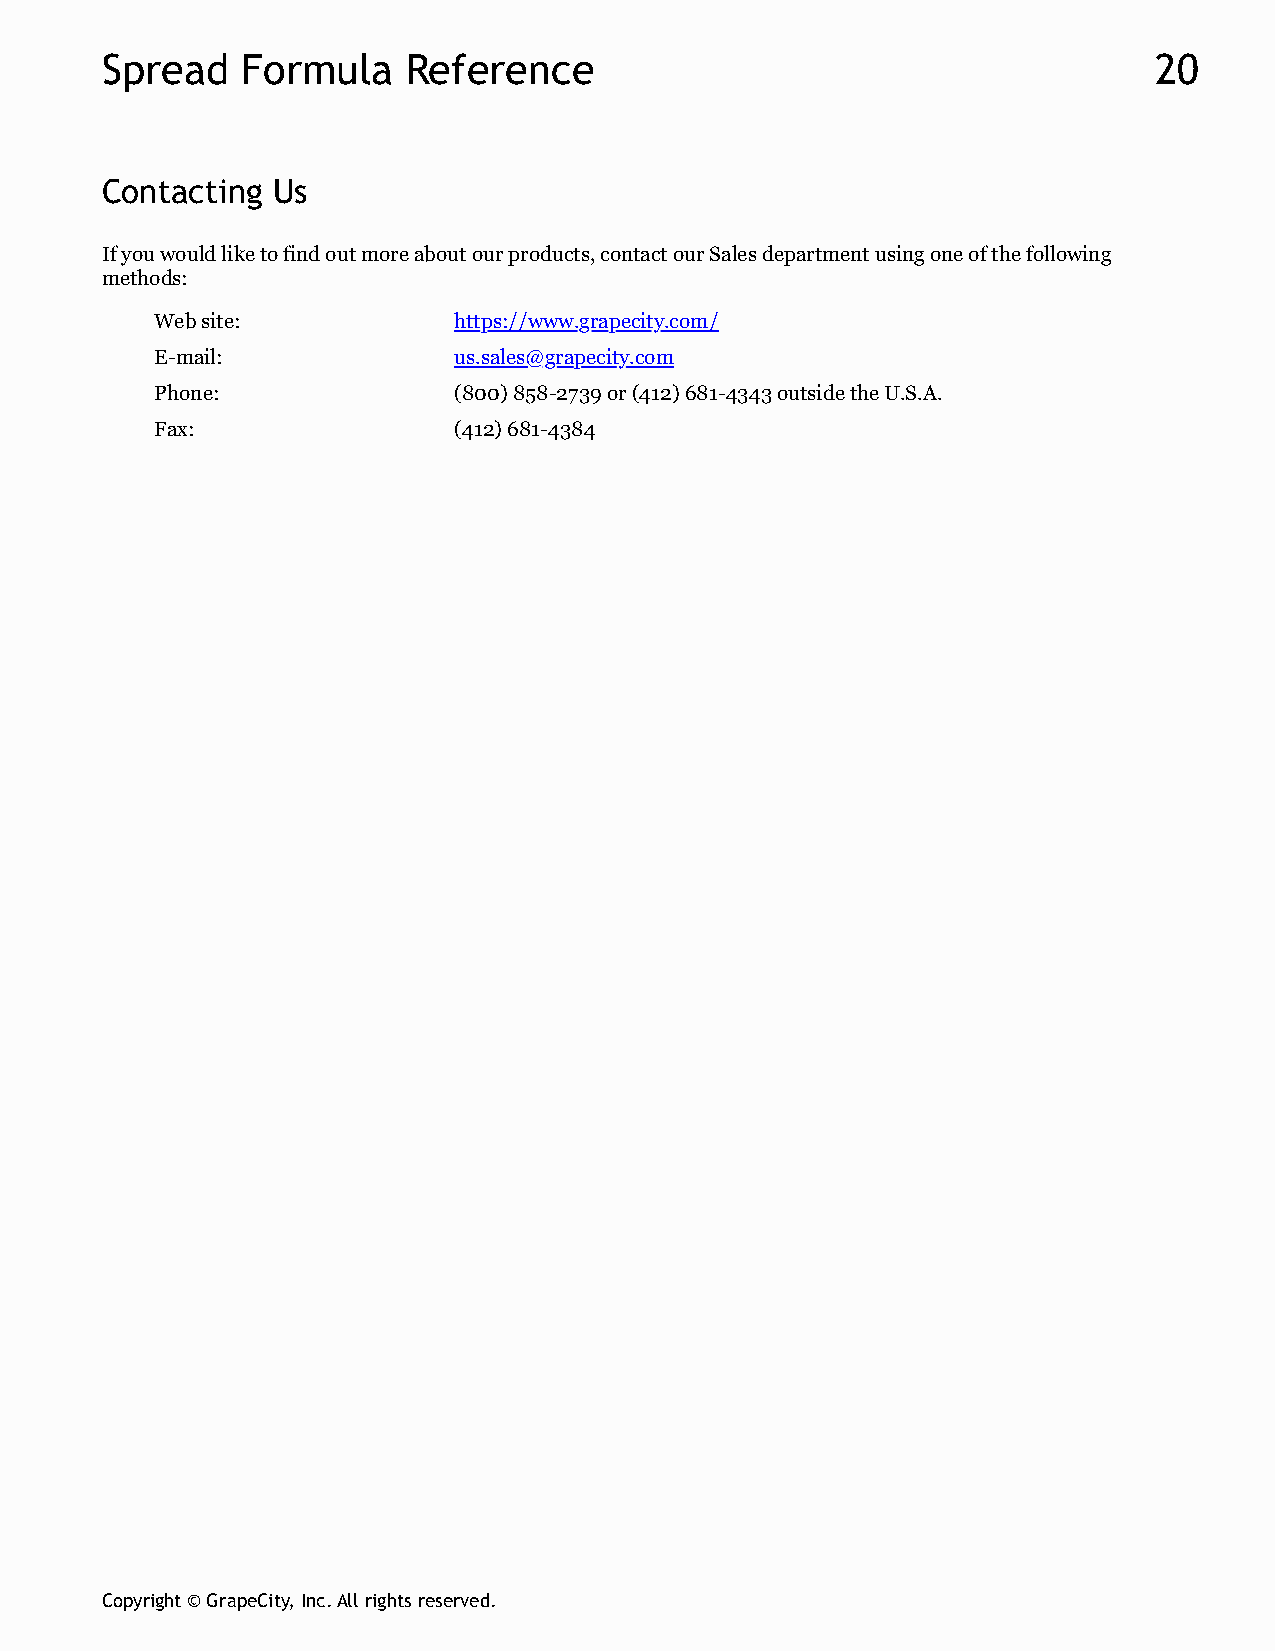
Spread   Formula    Reference                                        20
 Contacting Us
 If you would like to find out more about our products, contact our Sales department using one of the following
 methods:
 Web site:           https://www.grapecity.com/
 E-mail:             us.sales@grapecity.com
 Phone:              (800) 858-2739 or (412) 681-4343 outside the U.S.A.
 Fax:                (412) 681-4384
 Copyright © GrapeCity, Inc. All rights reserved.